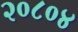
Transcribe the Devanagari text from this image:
२०८०४